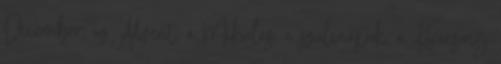
December, az Advent, a Mikulás, a szülinapok, a Karácsony